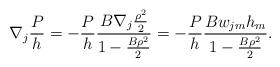
LaTeX: \begin{align*}\nabla_{j}\frac{P}{h}=-\frac{P}{h}\frac{B\nabla_{j}\frac{\rho^{2}}{2}}{1-\frac{B\rho^{2}}{2}}=-\frac{P}{h}\frac{Bw_{jm}h_{m}}{1-\frac{B\rho^{2}}{2}}.\end{align*}